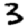
Digit: 3